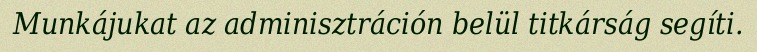
Munkájukat az adminisztráción belül titkárság segíti.